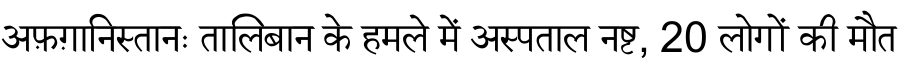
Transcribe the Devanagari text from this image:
अफ़ग़ानिस्तानः तालिबान के हमले में अस्पताल नष्ट, 20 लोगों की मौत